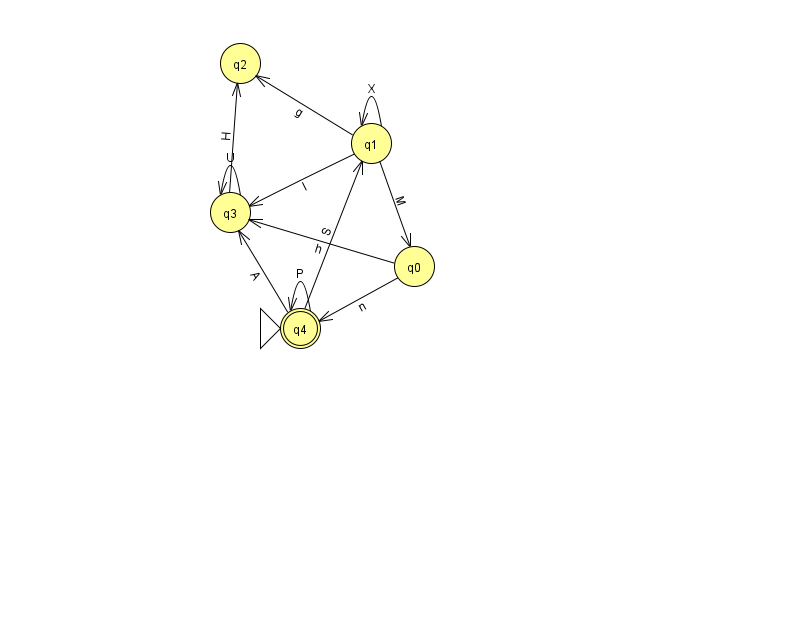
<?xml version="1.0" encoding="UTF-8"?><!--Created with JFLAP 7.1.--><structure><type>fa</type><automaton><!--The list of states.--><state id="0" name="q0"><x>414.0</x><y>253.0</y></state><state id="1" name="q1"><x>371.0</x><y>130.0</y></state><state id="2" name="q2"><x>240.0</x><y>50.0</y></state><state id="3" name="q3"><x>230.0</x><y>199.0</y></state><state id="4" name="q4"><x>300.0</x><y>315.0</y><initial/><final/></state><!--The list of transitions.--><transition><from>4</from><to>4</to><read>P</read></transition><transition><from>1</from><to>2</to><read>g</read></transition><transition><from>4</from><to>3</to><read>A</read></transition><transition><from>0</from><to>3</to><read>h</read></transition><transition><from>4</from><to>1</to><read>S</read></transition><transition><from>1</from><to>0</to><read>M</read></transition><transition><from>3</from><to>3</to><read>U</read></transition><transition><from>0</from><to>4</to><read>n</read></transition><transition><from>1</from><to>1</to><read>X</read></transition><transition><from>1</from><to>3</to><read>I</read></transition><transition><from>3</from><to>2</to><read>H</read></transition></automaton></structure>